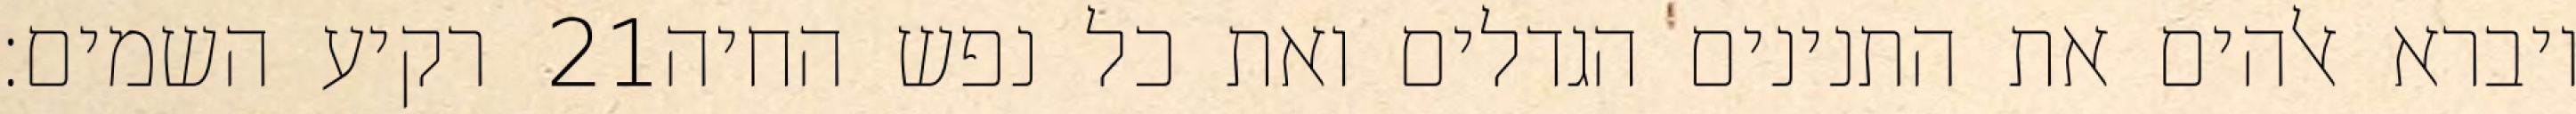
רקיע השמים׃ ‎21‏ ויברא אלהים את התנינים הגדלים ואת כל נפש החיה